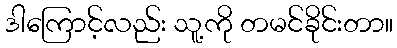
ဒါကြောင့်လည်း သူ့ကို တမင်ခိုင်းတာ။